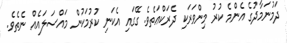
ދަމުނަމާދުގެ އެންމެ ކުރު މިންވަރަކި ދެރަކްޢަތެވެ. ގޭގައި އެކަނި ކުރުމަކުން މައްސަލައެއް ނެތެވެ.